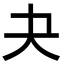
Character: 夬